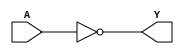
`timescale 1ns/1ns
module NOT(A, Y);
input A;
output Y;
assign #3 Y = ~A;
endmodule

module NAND(A, B, Y);
input A, B;
output Y;
assign #5 Y = ~(A & B);
endmodule

module NOR(A, B, Y);
input A, B;
output Y;
assign #5 Y = ~(A | B);
endmodule

module DFF(C, D, Q);
input C, D;
output reg Q;
always @(posedge C)
	Q <= D;
endmodule

module DFF_PP0 (D, C, R, Q);
input D, C, R;
output reg Q;
always @(posedge C or posedge R) begin
	if (R == 1)
		Q <= 0;
	else
		Q <= D;
end
endmodule

module DFF_PP1 (D, C, R, Q);
input D, C, R;
output reg Q;
always @(posedge C or posedge R) begin
	if (R == 1)
		Q <= 1;
	else
		Q <= D;
end
endmodule